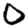
Digit: 0